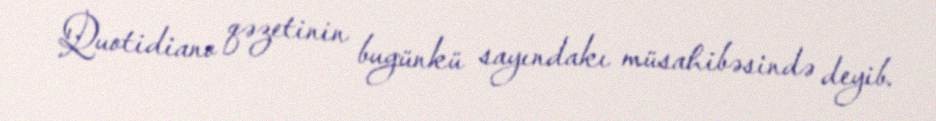
Quotidiano qəzetinin bugünkü sayındakı müsahibəsində deyib.